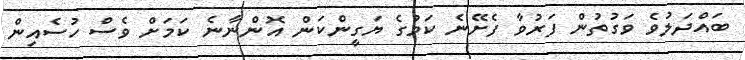
ބައްދަލުވެ ވަގުތުން ފަރުވާ ފެށޭނެ ކަމުގެ ޔަގީންކަން އޮންނާނެ ކަމަށް ވެސް ހުސެއިން